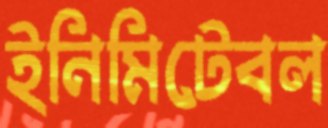
ইনিমিটেবল